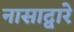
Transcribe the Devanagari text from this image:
नासाद्वारे